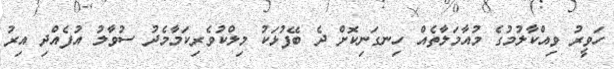
ހަވީރު ވިއްކާލުމުގެ މުއާމަލާތެއް ހިނގަނިކޮށް ދެ ބޭފުޅަކު މިލްކުވެރިކަމާމެދު ސުވާލު އުފެއްދި އިރު